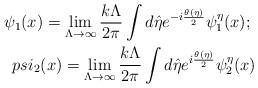
LaTeX: \begin{align*}\psi_1(x)=\lim_{\Lambda\rightarrow \infty}\frac{k\Lambda}{2\pi }\int d\hat\eta e^{-i\frac{\theta(\eta)}{2}}\psi_1^{\eta}(x); \ \\psi_2(x)=\lim_{\Lambda\rightarrow \infty}\frac{k\Lambda}{2\pi }\int d\hat\eta e^{i\frac{\theta(\eta)}{2}}\psi_2^{\eta}(x)\end{align*}